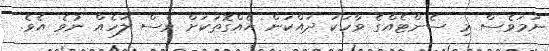
ނަމަވެސް މި ސެންޓެއްގެ ވާހަކަ ދައްކަން އެއްގޮތަކަށް ވެސް ލަހެއް ނުވެ އެވެ.